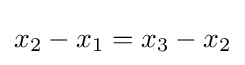
x_{2}-x_{1}=x_{3}-x_{2}